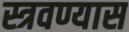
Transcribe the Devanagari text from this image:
स्त्रवण्यास